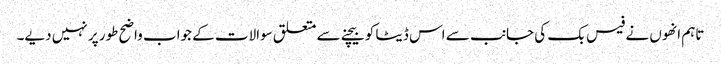
تاہم انھوں نے فیس بک کی جانب سے اس ڈیٹا کو بیچنے سے متعلق سوالات کے جواب واضح طور پر نہیں دیے۔